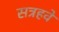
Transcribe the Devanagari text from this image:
सत्रहवे